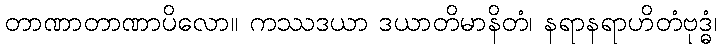
တာဏာတာဏာပိလော။ ကဿဒယာ ဒယာတိမာနိတံ၊ နရာနရာဟိတံဗုဒ္ဓံ၊